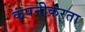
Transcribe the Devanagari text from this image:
कंपनीकरता